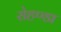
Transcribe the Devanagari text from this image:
रोहण्डा